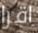
اقرا